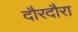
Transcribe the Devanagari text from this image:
दौरदौरा